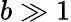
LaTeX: b\gg 1